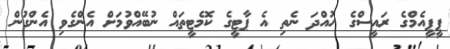
ޕީޕީއެމްގެ ރައީސްގެ ހުއްދަ ނެތި އެ ޕާޓީގެ ކޮމެޓީތައް ނުބޭއްވުމަށް އެންގެވި އެންގުން